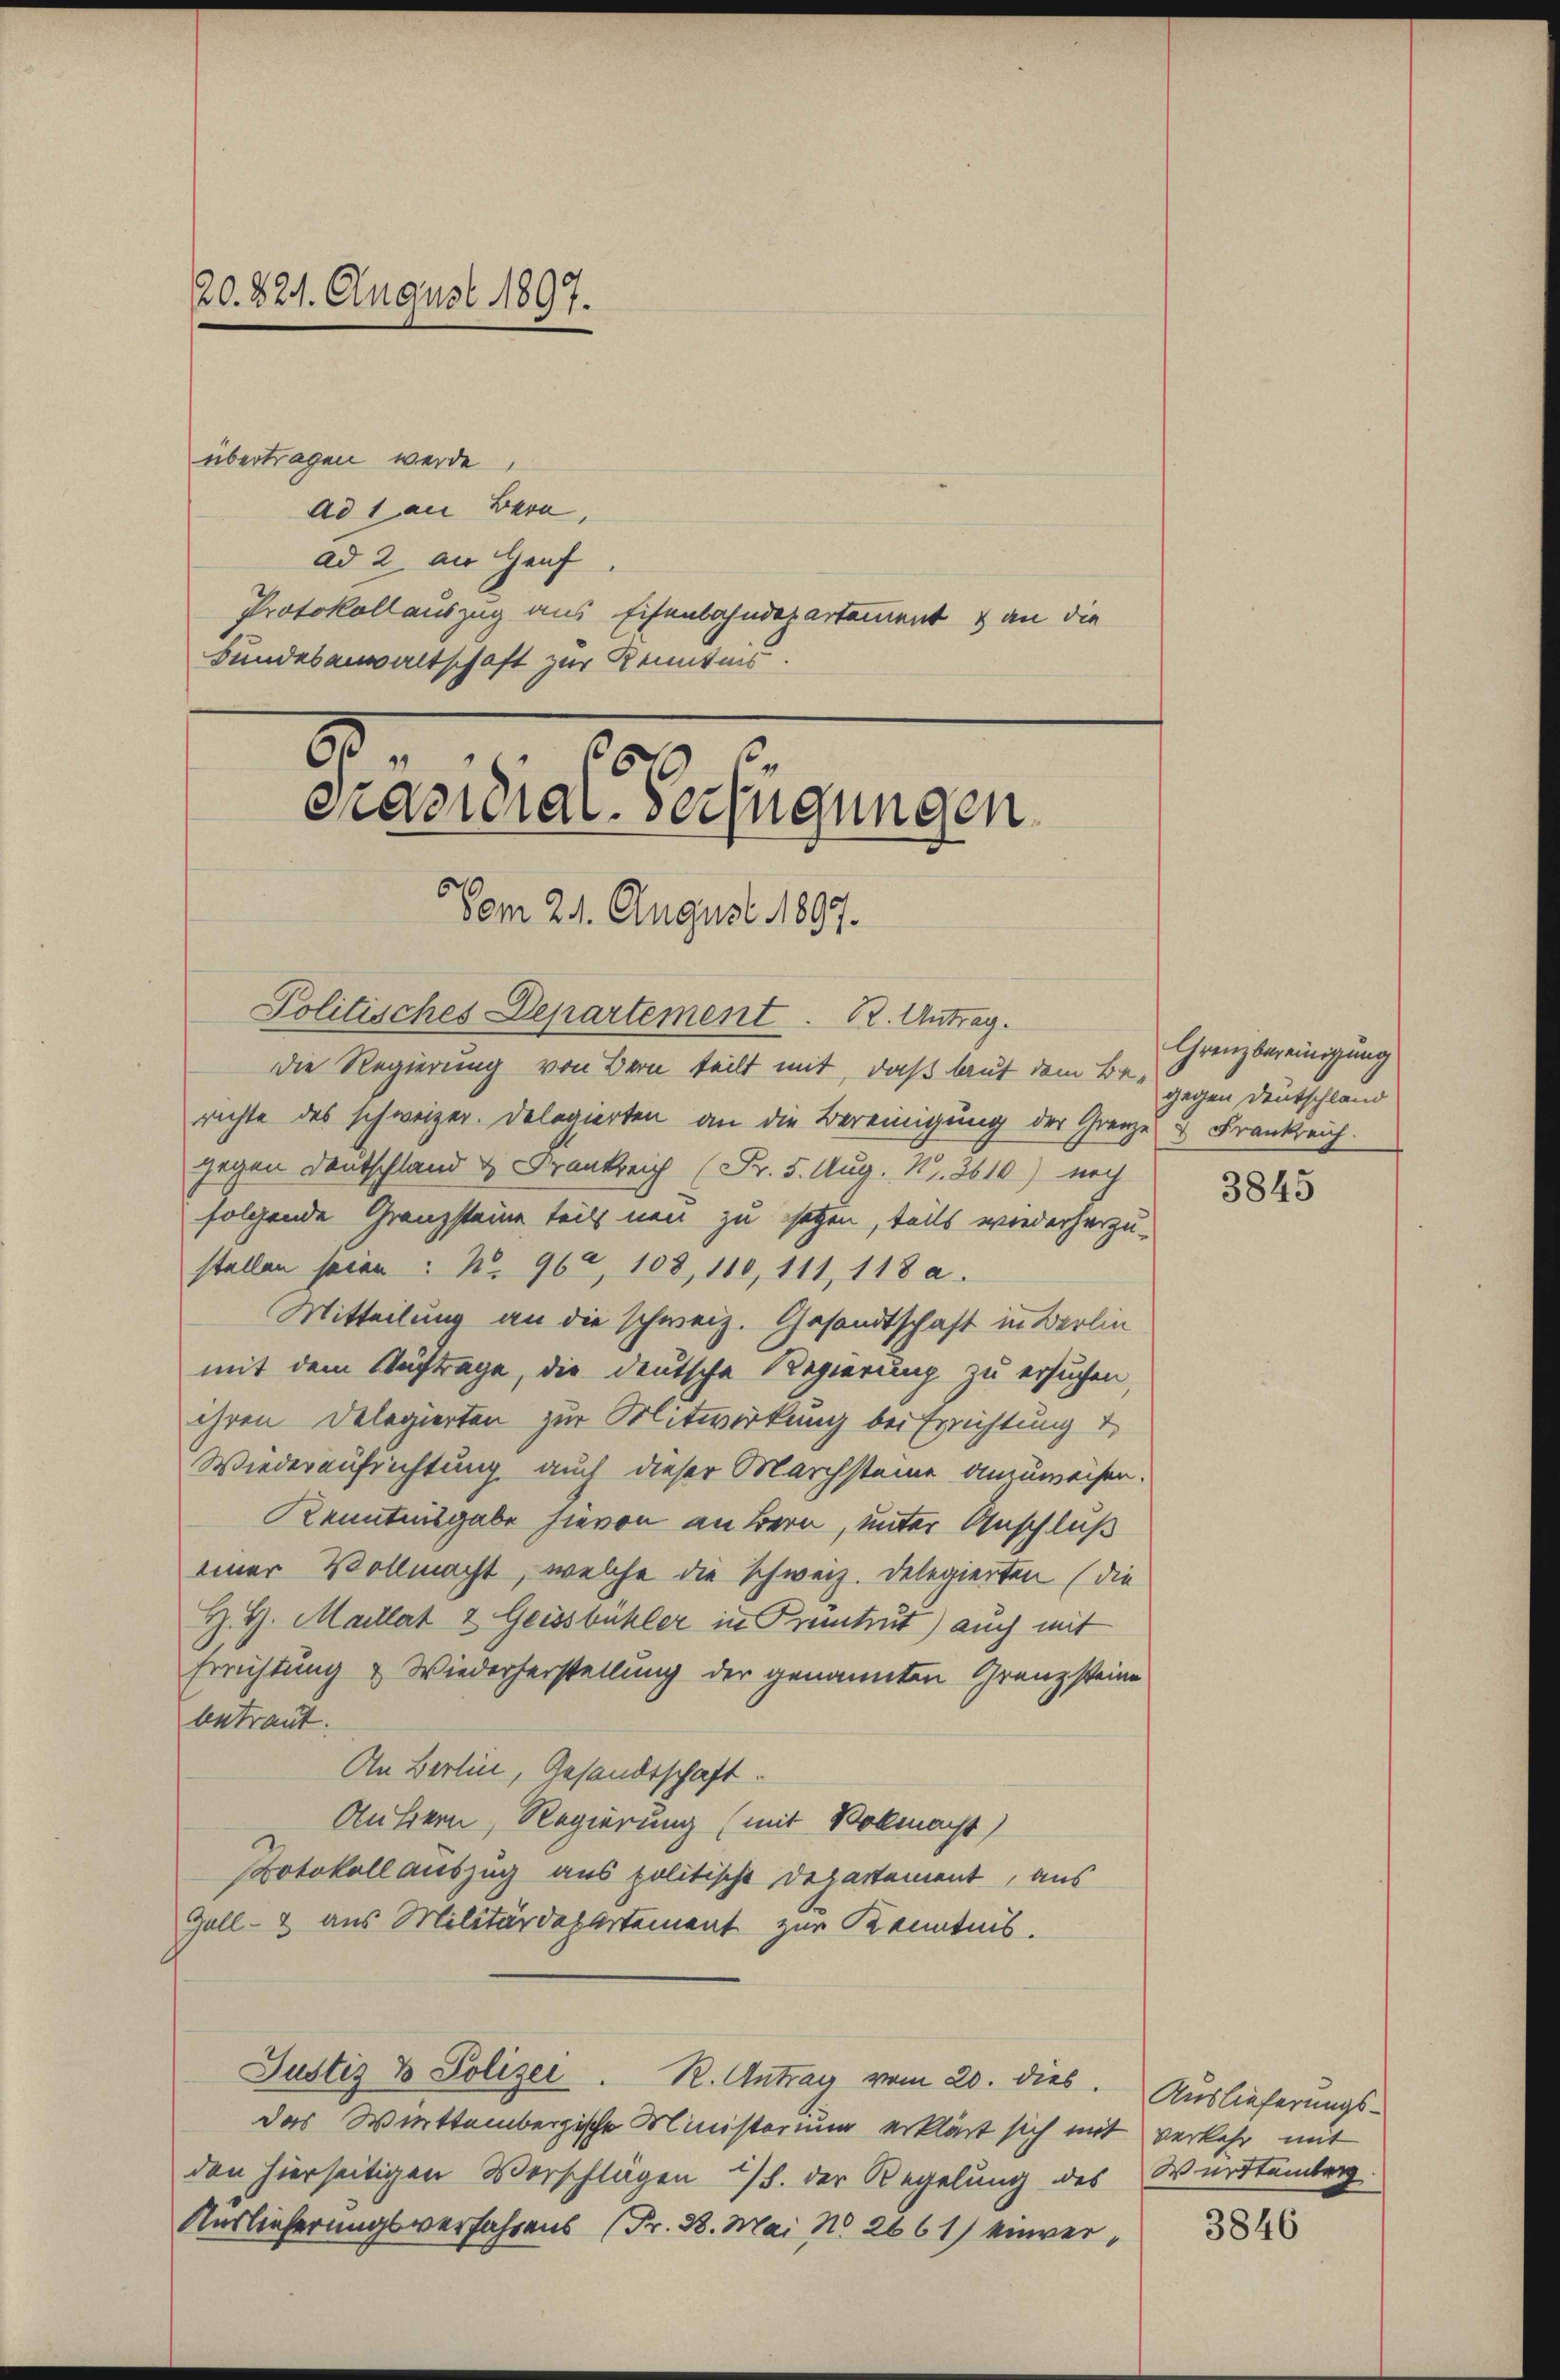
übertragen werde,
Ad 1 an Bern,
ad 2. an Heuf
Protokollauszug aus Eisenbahndepartement & an die
Bundesanwaltschaft zur Kenntnis.

20. 821. August 1897.

5
Präsidial-Verfügungen
Vom 24. August 1807.
Politisches Departement. 2. Antrag.

die Regierung von Bern teilt mit, daß laut dem Berichte des schweizer. Delegierten an die Bereinigung der Grenze & Frankreich.
gegen Denkschland & Frankreich (Fr. 5. Aug. Nr. 3610) noch
folgende Granzsteine teils neu zu setzen, teils wiederherzu-
stellen seien : No. 962, 108, 110, 111, 118 a.
Mitteilung an die schweiz. Gesandtschaft in Berlin
mit dem Auftrage, die deutsche Regierung zu ersuchen,
ihren Delegierten zur Mitwirkung bei Errichtung d
Wiederaufrichtung auch dieser Marchsteine anzuweisen.
Kenntnisgabe hievon an Bern, unter Anschluß
einer Vollmacht, welche die schweiz. Delegierten (die
H. H. Maillat & Geissbühler in Prentrut) auch mit
Errichtung & Wiederherstellung der genannten Grenzsteine
betraut.
An Berlin, Gesandtschaft.
Aussern, Regierung (mit Vollmacht)
Protokoll auszug aus politische Departement, aus
Goll - aus Militärdepartement zur Kenntnis.
Justiz & Polizei. R. Antrag vom 20. dies. Auslieferungsdas Württembergische Ministerium erklärt sich mit verkehr mit
den hierseitigen Vorschlagen 2/3. der Regelung des Württemberg.
Auslieferungsverfahrens (Fr. 28. Mai No 2661) einver¬

Grenzbereinigung
gegen Deutschland

3845

3846